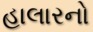
હાલારનો